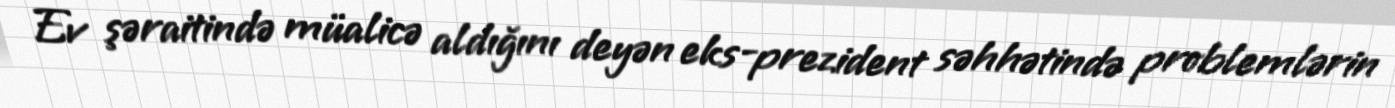
Ev şəraitində müalicə aldığını deyən eks-prezident səhhətində problemlərin